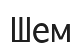
Шем